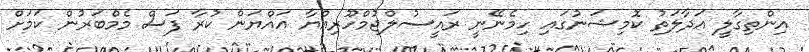
އިންތިގާލީ އަދާލަތު ކޮމިޝަނުގައި ހިމެނޭނީ ރައީސުލްޖުމްހޫރިއްޔާ އައްޔަން ކުރާ ފަސް މެމްބަރުން ކަމަށް